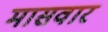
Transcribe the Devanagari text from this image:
मासवार